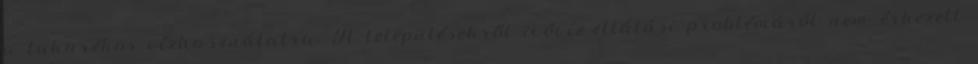
a takarékos vízhasználatra. A településekről ivóvíz-ellátási problémáról nem érkezett